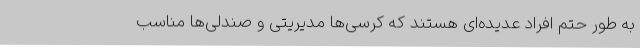
به طور حتم افراد عدیده‌ای هستند که کرسی‌ها مدیریتی و صندلی‌ها مناسب